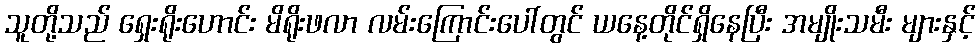
သူတို့သည် ရှေးရိုးဟောင်း မိရိုးဖလာ လမ်းကြောင်းပေါ်တွင် ယနေ့တိုင်ရှိနေပြီး အမျိုးသမီး များနှင့်